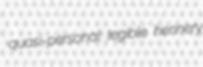
quasi-personal legible hennery